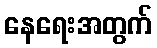
နေရေးအတွက်